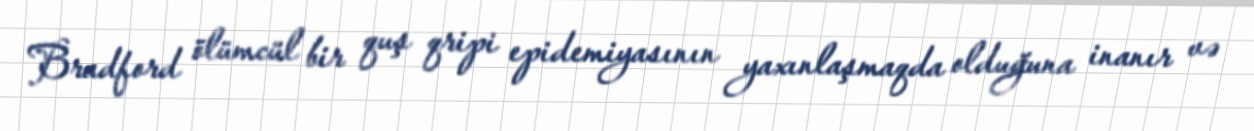
Bradford ölümcül bir quş qripi epidemiyasının yaxınlaşmaqda olduğuna inanır və